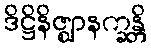
ဒိဋ္ဌိနိဇ္ဈာနက္ခန္တိ